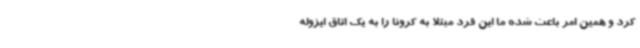
کرد و همین امر باعث شده ما این فرد مبتلا به کرونا را به یک اتاق ایزوله